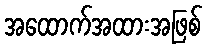
အထောက်အထားအဖြစ်